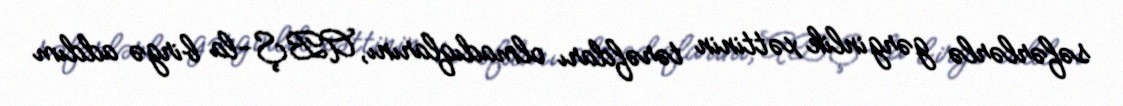
səfərlərlə gərginlik xəttinin tərəfdarı olmadıqlarını, ABŞ-la birgə addım